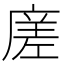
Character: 𭙭